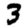
Digit: 3